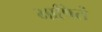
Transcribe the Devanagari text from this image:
भाषितं